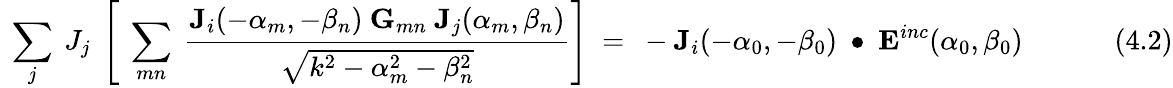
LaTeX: ~\sum_{j}~J_{j}~\left[~\sum_{mn}~{\frac{\mathbf{J}_{i}(-\alpha_{m},-\beta_{n})~\mathbf{G}_{mn}~\mathbf{J}_{j}(\alpha_{m},\beta_{n})}{\sqrt{k^{2}-\alpha_{m}^{2}-\beta_{n}^{2}}}}\right]~=~-\mathbf{J}_{i}(-\alpha_{0},-\beta_{0})~\bullet~\mathbf{E}^{inc}(\alpha_{0},\beta_{0})~~~~~~~~~~~~~(4.2)